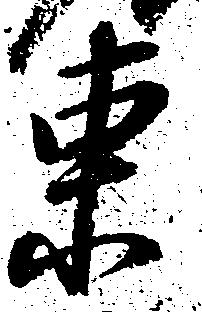
東